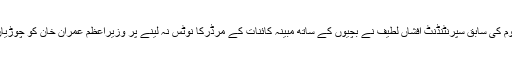
کاشانہ ویلفیئر ہوم کی سابق سپرنٹنڈنٹ افشاں لطیف نے بچیوں کے ساتھ مبینہ کائنات کے مرڈرکا نوٹس نہ لینے پر وزیراعظم عمران خان کو چوڑیاں بھجوا دی ہیں۔